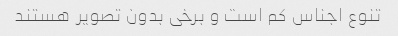
تنوع اجناس کم است و برخی بدون تصویر هستند